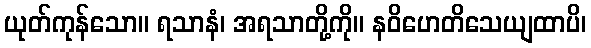
ယုတ်ကုန်သော။ ရသာနံ၊ အရသာတို့ကို။ နဝိဟေတိသေယျထာပိ၊